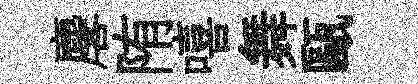
麐陏嘻舞甌